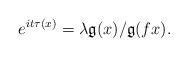
LaTeX: \begin{align*}e^{it \tau (x)} = \lambda \mathfrak g(x) / \mathfrak g(fx).\end{align*}